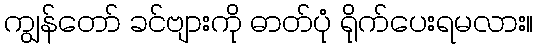
ကျွန်တော် ခင်ဗျားကို ဓာတ်ပုံ ရိုက်ပေးရမလား။